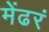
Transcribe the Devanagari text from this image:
मेंढरं